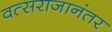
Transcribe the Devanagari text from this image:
वत्सराजानंतर